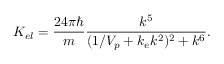
K _ { e l } = { \frac { 2 4 \pi \hbar } { m } } { \frac { k ^ { 5 } } { ( 1 / V _ { p } + k _ { e } k ^ { 2 } ) ^ { 2 } + k ^ { 6 } } } .